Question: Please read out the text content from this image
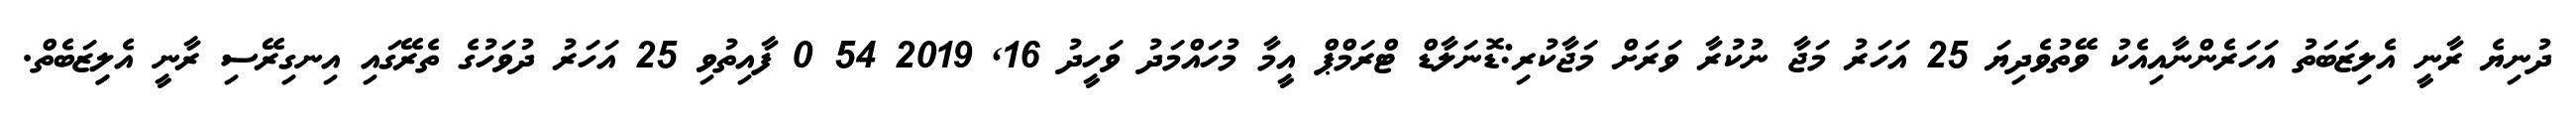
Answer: ދުނިޔެ ރާނީ އެލިޒަބަތު އަހަރެންނާއިއެކު ވޭތުވެދިޔަ 25 އަހަރު މަޖާ ނުކުރާ ވަރަށް މަޖާކުރި:ޑޮނަލާޑް ޓްރަމްޕް އީމާ މުހައްމަދު ވަހީދު 16, 2019 54 0 ފާއިތުވި 25 އަހަރު ދުވަހުގެ ތެރޭގައި އިނގިރޭސި ރާނީ އެލިިޒަބެތް.